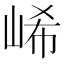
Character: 㟓